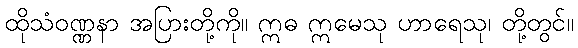
ထိုသံဝဏ္ဏနာ အပြားတို့ကို။ ဣဓ ဣမေသု ဟာရေသု၊ တို့တွင်။